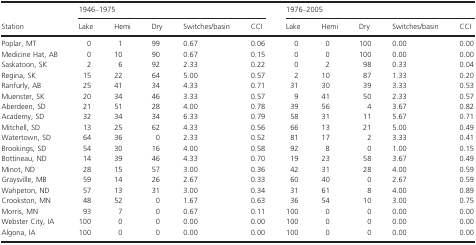
<table><thead><tr><td rowspan="3"><b>Station</b></td><td colspan="5"><b>1946–1975</b></td><td colspan="5"><b>1976–2005</b></td></tr><tr><td><b>Lake</b></td><td><b>Hemi</b></td><td><b>Dry</b></td><td><b>Switches/basin</b></td><td><b>CCI</b></td><td><b>Lake</b></td><td><b>Hemi</b></td><td><b>Dry</b></td><td><b>Switches/basin</b></td><td><b>CCI</b></td></tr></thead><tbody><tr><td>Poplar, MT</td><td>0</td><td>1</td><td>99</td><td>0.67</td><td>0.06</td><td>0</td><td>0</td><td>100</td><td>0.00</td><td>0.00</td></tr><tr><td>Medicine Hat, AB</td><td>0</td><td>10</td><td>90</td><td>0.67</td><td>0.15</td><td>0</td><td>0</td><td>100</td><td>0.00</td><td>0.00</td></tr><tr><td>Saskatoon, SK</td><td>2</td><td>6</td><td>92</td><td>2.33</td><td>0.22</td><td>0</td><td>2</td><td>98</td><td>0.33</td><td>0.04</td></tr><tr><td>Regina, SK</td><td>15</td><td>22</td><td>64</td><td>5.00</td><td>0.57</td><td>2</td><td>10</td><td>87</td><td>1.33</td><td>0.20</td></tr><tr><td>Ranfurly, AB</td><td>25</td><td>41</td><td>34</td><td>4.33</td><td>0.71</td><td>31</td><td>30</td><td>39</td><td>3.33</td><td>0.53</td></tr><tr><td>Muenster, SK</td><td>20</td><td>34</td><td>46</td><td>3.33</td><td>0.57</td><td>9</td><td>41</td><td>50</td><td>2.33</td><td>0.57</td></tr><tr><td>Aberdeen, SD</td><td>21</td><td>51</td><td>28</td><td>4.00</td><td>0.78</td><td>39</td><td>56</td><td>4</td><td>3.67</td><td>0.82</td></tr><tr><td>Academy, SD</td><td>32</td><td>34</td><td>34</td><td>6.33</td><td>0.79</td><td>58</td><td>31</td><td>11</td><td>5.67</td><td>0.71</td></tr><tr><td>Mitchell, SD</td><td>13</td><td>25</td><td>62</td><td>4.33</td><td>0.56</td><td>66</td><td>13</td><td>21</td><td>5.00</td><td>0.49</td></tr><tr><td>Watertown, SD</td><td>64</td><td>36</td><td>0</td><td>2.33</td><td>0.52</td><td>81</td><td>17</td><td>2</td><td>3.33</td><td>0.41</td></tr><tr><td>Brookings, SD</td><td>54</td><td>30</td><td>16</td><td>4.00</td><td>0.58</td><td>92</td><td>8</td><td>0</td><td>1.00</td><td>0.15</td></tr><tr><td>Bottineau, ND</td><td>14</td><td>39</td><td>46</td><td>4.33</td><td>0.70</td><td>19</td><td>23</td><td>58</td><td>3.67</td><td>0.49</td></tr><tr><td>Minot, ND</td><td>28</td><td>15</td><td>57</td><td>3.00</td><td>0.36</td><td>42</td><td>31</td><td>28</td><td>4.00</td><td>0.59</td></tr><tr><td>Graysville, MB</td><td>59</td><td>14</td><td>26</td><td>2.67</td><td>0.33</td><td>60</td><td>40</td><td>0</td><td>2.67</td><td>0.59</td></tr><tr><td>Wahpeton, ND</td><td>57</td><td>13</td><td>31</td><td>3.00</td><td>0.34</td><td>31</td><td>61</td><td>8</td><td>4.00</td><td>0.89</td></tr><tr><td>Crookston, MN</td><td>48</td><td>52</td><td>0</td><td>1.67</td><td>0.63</td><td>36</td><td>54</td><td>10</td><td>3.00</td><td>0.75</td></tr><tr><td>Morris, MN</td><td>93</td><td>7</td><td>0</td><td>0.67</td><td>0.11</td><td>100</td><td>0</td><td>0</td><td>0.00</td><td>0.00</td></tr><tr><td>Webster City, IA</td><td>100</td><td>0</td><td>0</td><td>0.00</td><td>0.00</td><td>100</td><td>0</td><td>0</td><td>0.00</td><td>0.00</td></tr><tr><td>Algona, IA</td><td>100</td><td>0</td><td>0</td><td>0.00</td><td>0.00</td><td>100</td><td>0</td><td>0</td><td>0.00</td><td>0.00</td></tr></tbody></table>